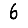
Digit: 6